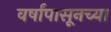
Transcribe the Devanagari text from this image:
वर्षांपासूनच्या